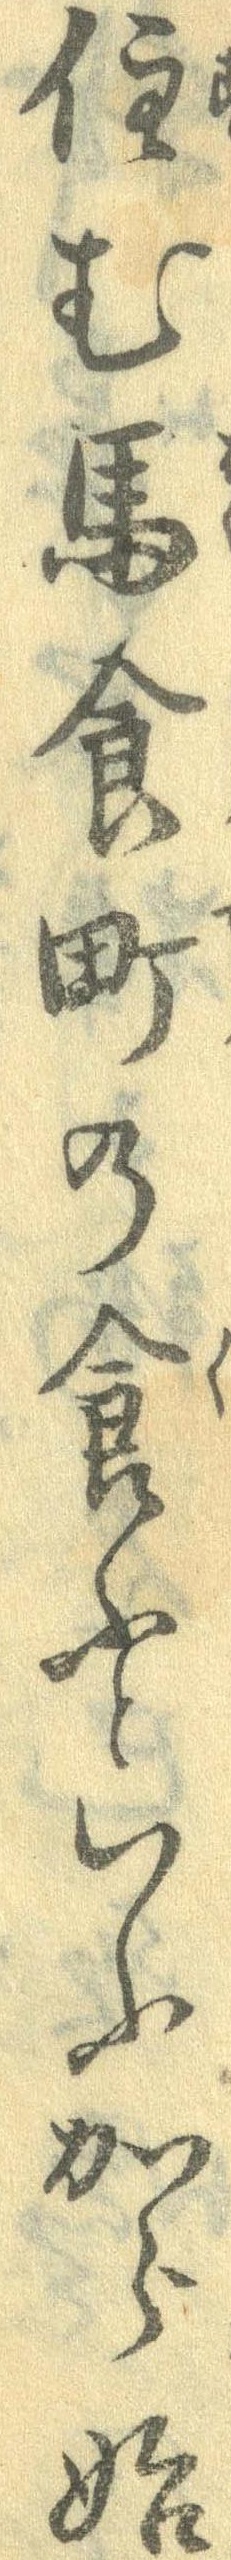
住む馬食町の食ふといふから始